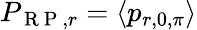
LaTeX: P_{\mathrm{~R~P~},r}=\langle p_{r,0,\pi}\rangle